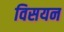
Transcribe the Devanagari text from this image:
विसयन